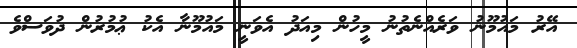
އޭރު މައުމޫނު ވަރެއްނެތުނު މީހުން މިއަދު އެވަނީ މައުމޫނާ އެކު ޢުމުރުން ދުވަސްވެ